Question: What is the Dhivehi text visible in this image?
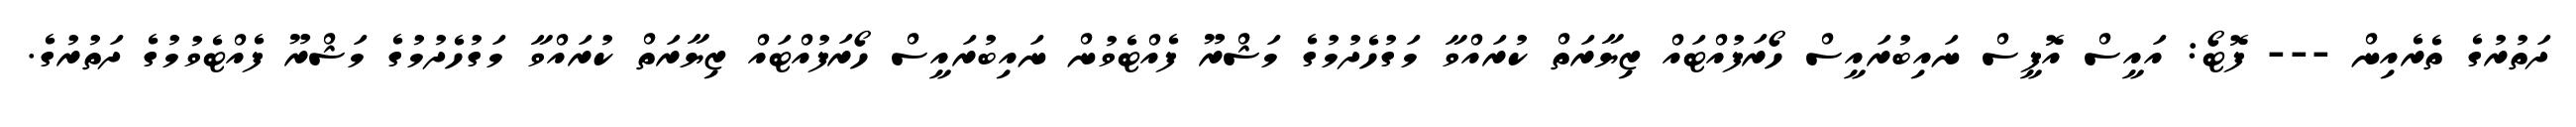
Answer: ދަތުރުގެ ތެރެއިން --- ފޮޓޯ: އައީސް އޮފީސް ނައިބުރައީސް ހޯރަފުއްޓައް ޒިޔާރަތް ކުރައްވާ މަގުހެދުމުގެ މަޝްރޫ ފެއްޓެވުން ނައިބުރައީސް ހޯރަފުއްޓައް ޒިޔާރަތް ކުރައްވާ މަގުހެދުމުގެ މަޝްރޫ ފެއްޓެވުމުގެ ދަތުރުގެ.